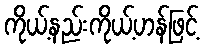
ကိုယ့်နည်းကိုယ့်ဟန်ဖြင့်